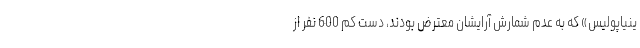
ینیاپولیس» که به عدم شمارش آرایشان معترض بودند،‌ دست کم 600 نفر از